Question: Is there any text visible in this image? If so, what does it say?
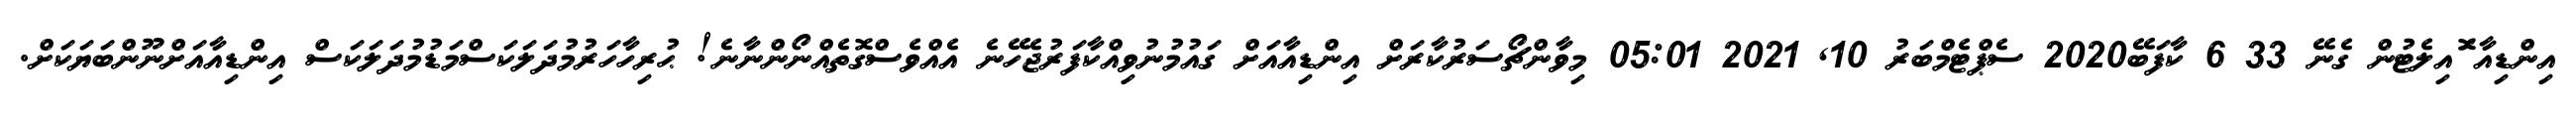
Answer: އިންޑިއާ ޮައިލެޓުން ގެނޭ 33 6 ކާފަބޭ2020 ސެޕްޓެމްބަރު 10, 2021 05:01 މިވާންޗޯސަރުކާރަށް އިންޑިއާއަށް ގައުމުނުވިއްކާފަރުޖެހޭނެ އެއްވެސްގޮތެއްނޯންނާނެ! ޙުރިހާހަރުމުދަލަކަސްމަޑުމުދަލަކަސް އިންޑިއާއަށްނޫންބަޔަކަށް.